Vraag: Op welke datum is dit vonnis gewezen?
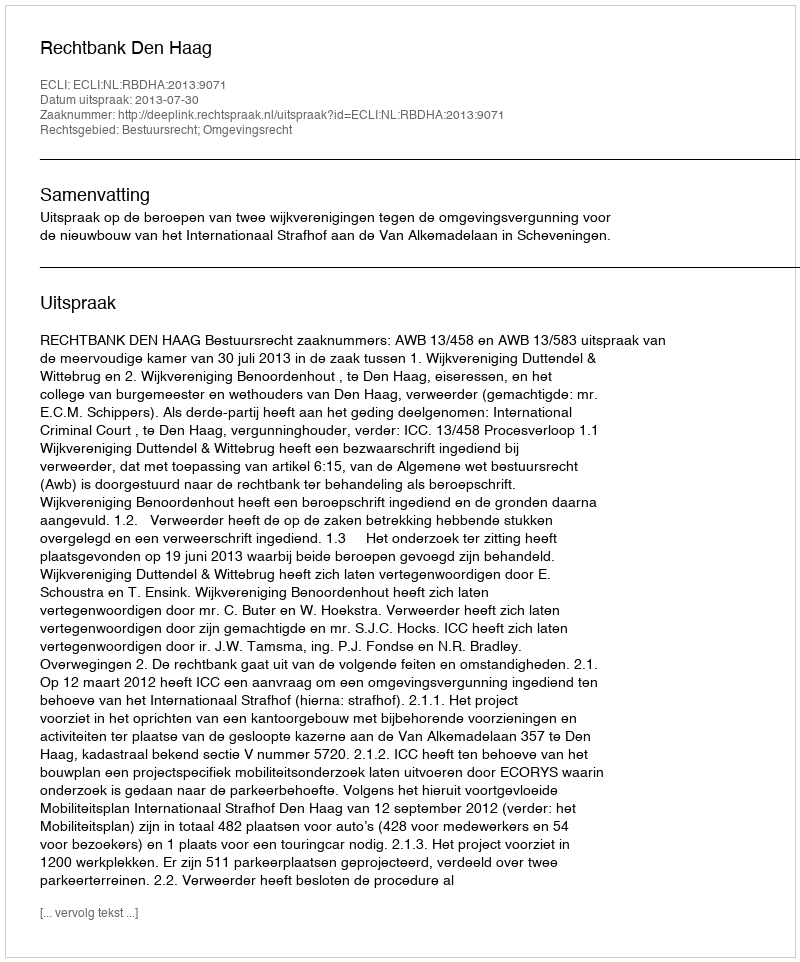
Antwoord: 2013-07-30